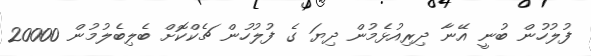
ފުލުހުން ބުނީ އޭނާ ދިރިއުޅެމުން ދިޔަ ގެ ފުލުހުން ޗެކްކޮށް ބެލިބެލުމުން 20000